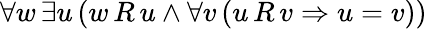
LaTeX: \forall w\, \exists u\, (w\, R\, u\land\forall v\, (u\, R\, v\Rightarrow u=v))